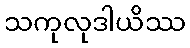
သကုလုဒါယိဿ